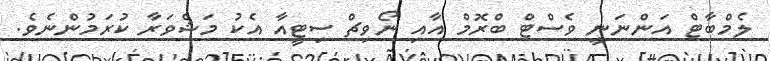
ލެމްބާޓް އަންނަނީ ވެސްޓް ބްރޮމް އާއި ނޯވިޗް ސިޓީއާ އެކު މަޝްވަރާ ކުރަމުންނެވެ.